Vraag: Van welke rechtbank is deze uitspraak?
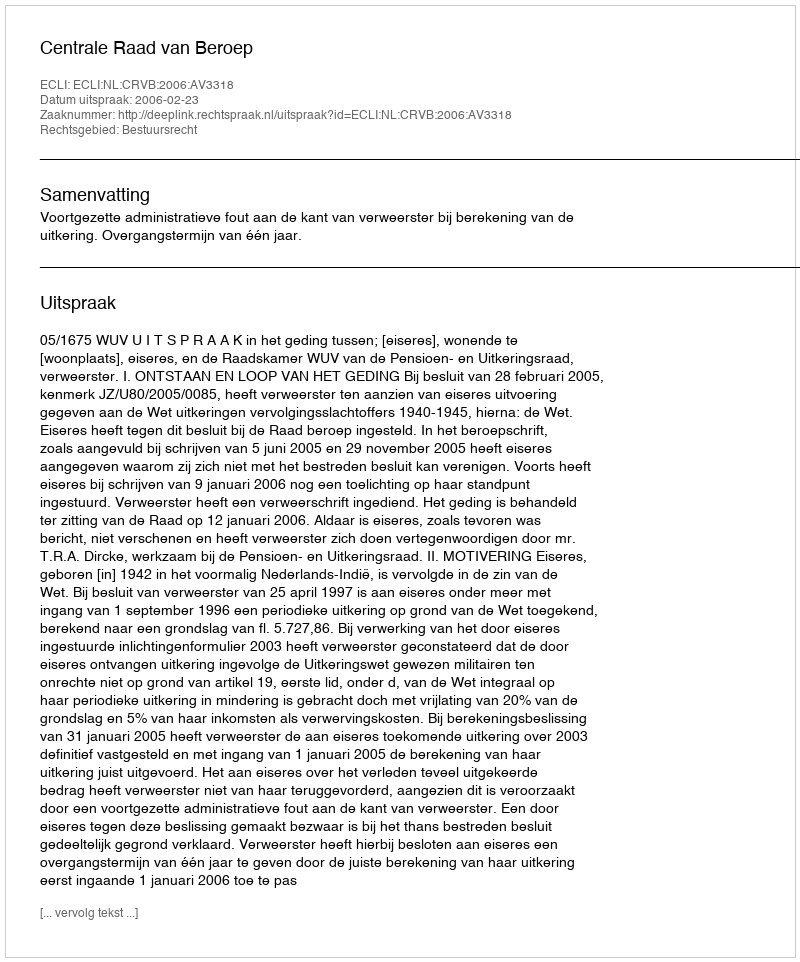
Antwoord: Centrale Raad van Beroep